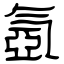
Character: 氬